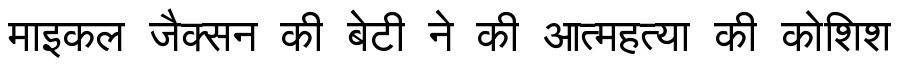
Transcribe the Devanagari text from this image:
माइकल जैक्सन की बेटी ने की आत्महत्या की कोशिश